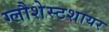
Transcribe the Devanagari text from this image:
ग्लौशेस्टशायर